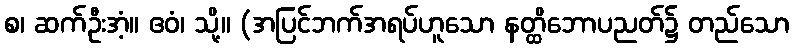
စ၊ ဆက်ဦးအံ့။ ဧဝံ၊ သို့။ (အပြင်ဘက်အရပ်ဟူသော နတ္ထိဘောပညတ်၌ တည်သော